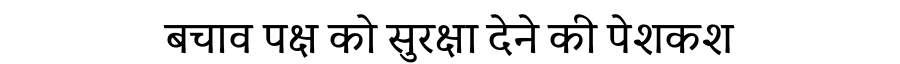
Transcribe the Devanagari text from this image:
बचाव पक्ष को सुरक्षा देने की पेशकश